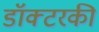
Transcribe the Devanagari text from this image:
डॉक्टरकी